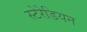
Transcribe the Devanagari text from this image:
स्‍टेरेडियन